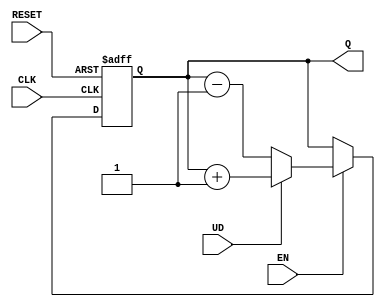
module async_counter (
    input wire CLK,          // Clock signal
    input wire RESET,        // Asynchronous reset (active-low)
    input wire EN,           // Count enable (active-high)
    input wire UD,           // Up/Down control (1 for up, 0 for down)
    output reg [N-1:0] Q     // Count output
);
    parameter N = 4;         // Number of bits for the counter

    // Asynchronous reset and counting logic
    always @(posedge CLK or negedge RESET) begin
        if (!RESET) begin
            Q <= 0;         // Reset counter to zero
        end else if (EN) begin
            if (UD) begin
                Q <= Q + 1; // Count up
            end else begin
                Q <= Q - 1; // Count down
            end
        end
    end

endmodule